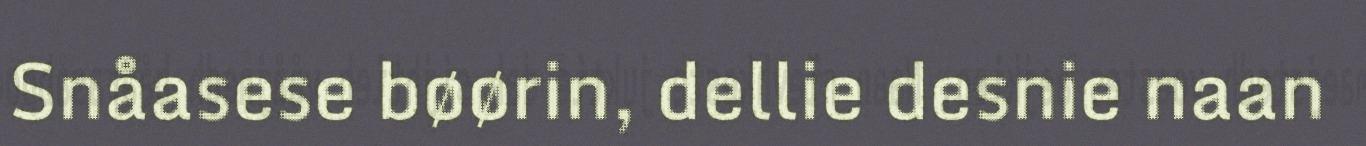
Snåasese bøørin, dellie desnie naan